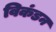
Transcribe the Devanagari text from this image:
विकंडन